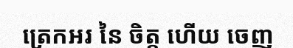
ត្រេកអរ នៃ ចិត្ត ហើយ ចេញ